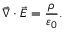
{ \vec { \nabla } } \cdot { \vec { E } } = { \frac { \rho } { \varepsilon _ { 0 } } } .